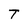
Character: T